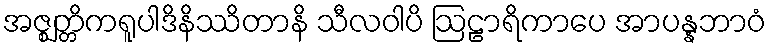
အဇ္ဈတ္တိကရူပါဒိနိဿိတာနိ သီလဝါပိ ဩဠာရိကာပေ အာပန္နဘာဝံ